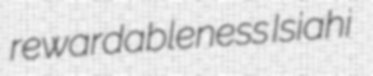
rewardableness Isiahi